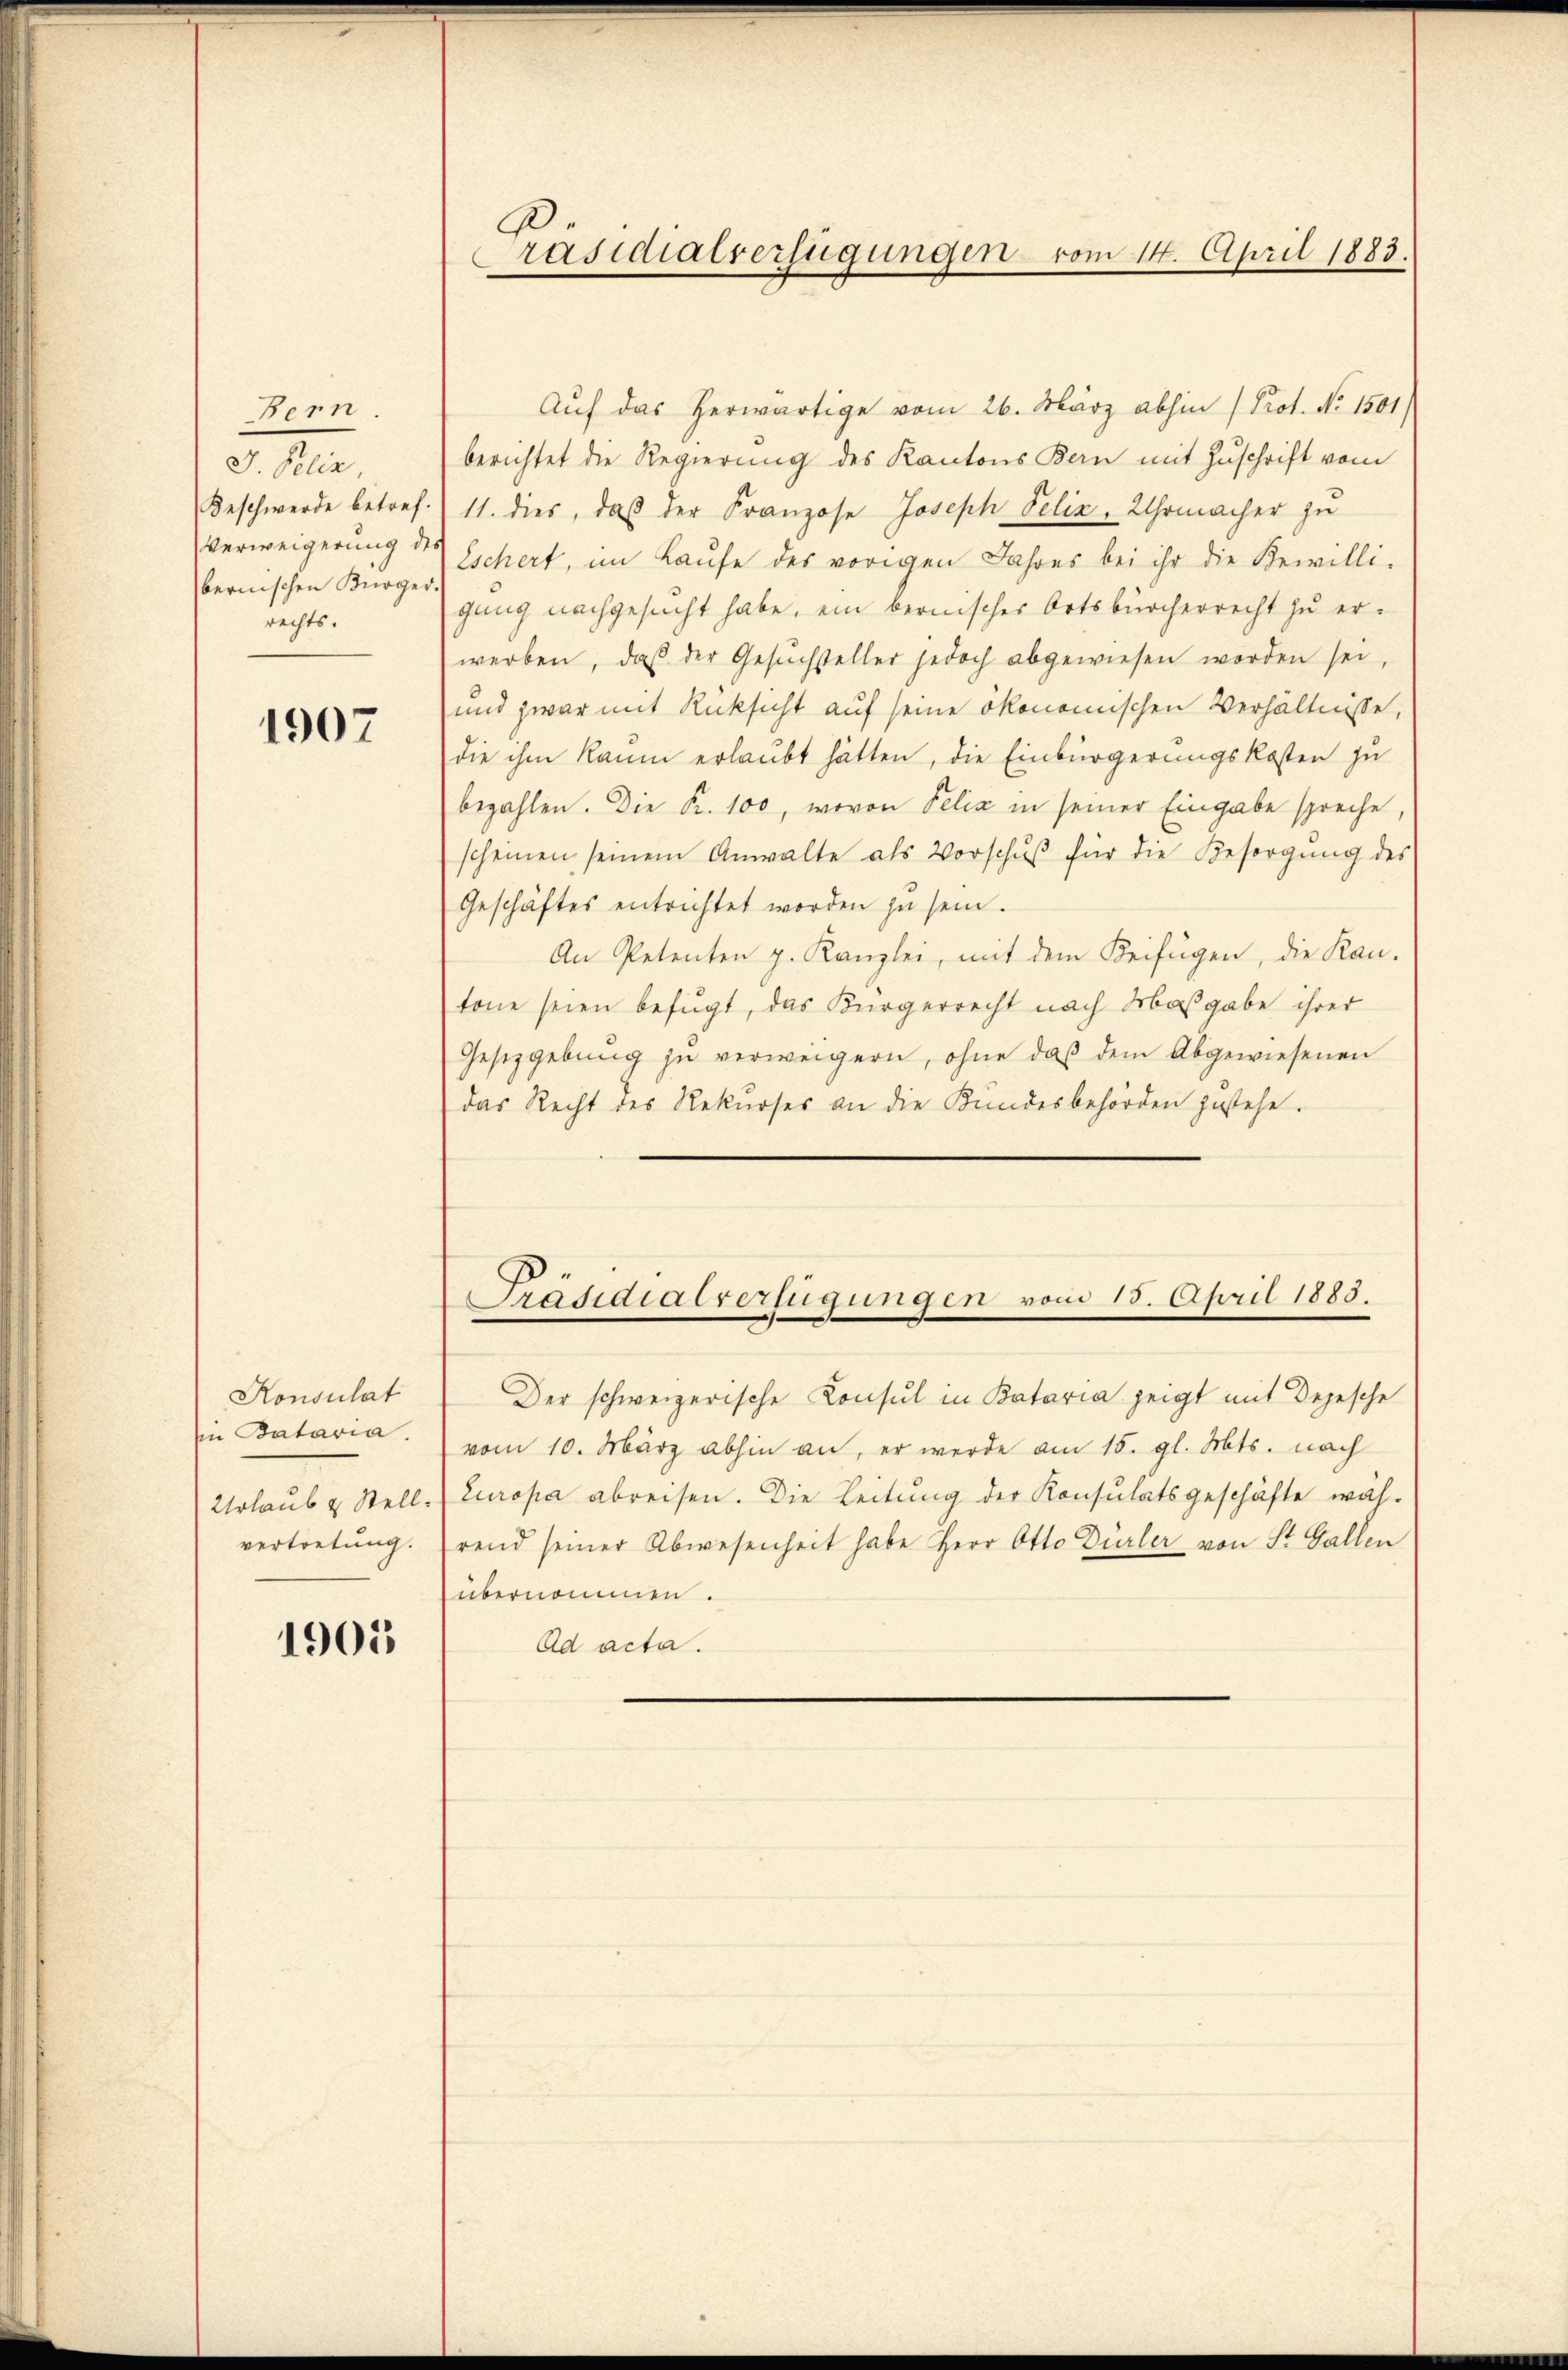
Bern.
J. Pelin,
bernischen Bürger.
rechts.

1907

Konsulat
Ein Bataria
vertretung.

1905

Auf das herwärtige vom 26. März abhin (Prot. No 1501/
berichtet die Regierung des Kantons Bern mit Zuschrift vom
Beschwerde betref. 11. dies, daß der Franzose Joseph Pelin, Uhrmacher zu
Verweigerung des Schert, im Laufe des vorigen Jahres bei ihr die Bewilli-
gung nachgesucht habe, ein bernisches Ortsbürcherrecht zu erwerben, daβ der Gesŭchsteller jedoch abgewiesen worden sei,
und zwar mit Rücksicht auf seine ökonomischen Verhältnisse,
die ihm kaum erlaubt hätten, die Einbürgerungskosten zu
bezahlen. Die Fr. 100, wovon Pelia in seiner Eingabe spreche,
scheinen seinem Anwalte als Vorschŭβ für die Besorgŭng des
Geschäftes entrichtet worden zu sein.
An Petenten p. Kanzlei, mit dem Keifügen, die Kan-
tone seien befugt, das Bürgerrecht nach Irbaßgabe ihrer
Gesetzgebung zŭ verweigern, ohne daß dem Abgewiesenen
(das Recht des Rekŭrses an die Kundesbehörden zustehe.

Der schweizerische Konsul in Bataria zeigt mit Depesche
vom 10. März abhin an, er werde am 15. gl. Mts. nach
Urlaub & Stell. Europa abreisen. Die Leitung der Konsulatsgeschäfte wäh-
rend seiner Abwesenheit habe Herr Otto Dürler von St. Gallen
übernommen.
Ad acta.

Präsidialverfügungen vom 14. April 1883.

Präsidialverfügungen vom 15. April 1883.